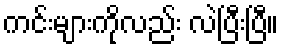
ကင်းများကိုလည်း လဲပြီးပြီ။